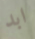
ابد